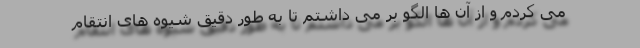
می کردم و از آن ها الگو بر می داشتم تا به طور دقیق شیوه های انتقام